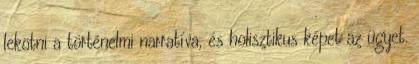
lekötni a történelmi narratíva, és holisztikus képet az ügyet.